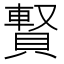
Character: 𧷄